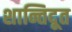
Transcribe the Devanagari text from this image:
शान्तिदूत